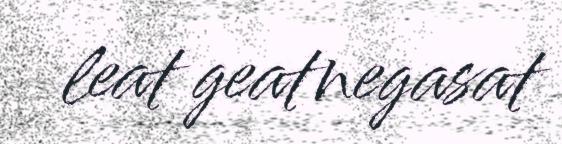
leat geatnegasat